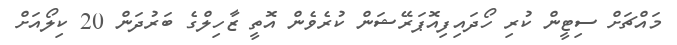
މައްޗަށް ސިޓީން ކުރި ހޯދައިފިއޮޕަރޭޝަން ކުރެވެން އޮތީ ޒާހިލްގެ ބަރުދަން 20 ކިލޯއަށް